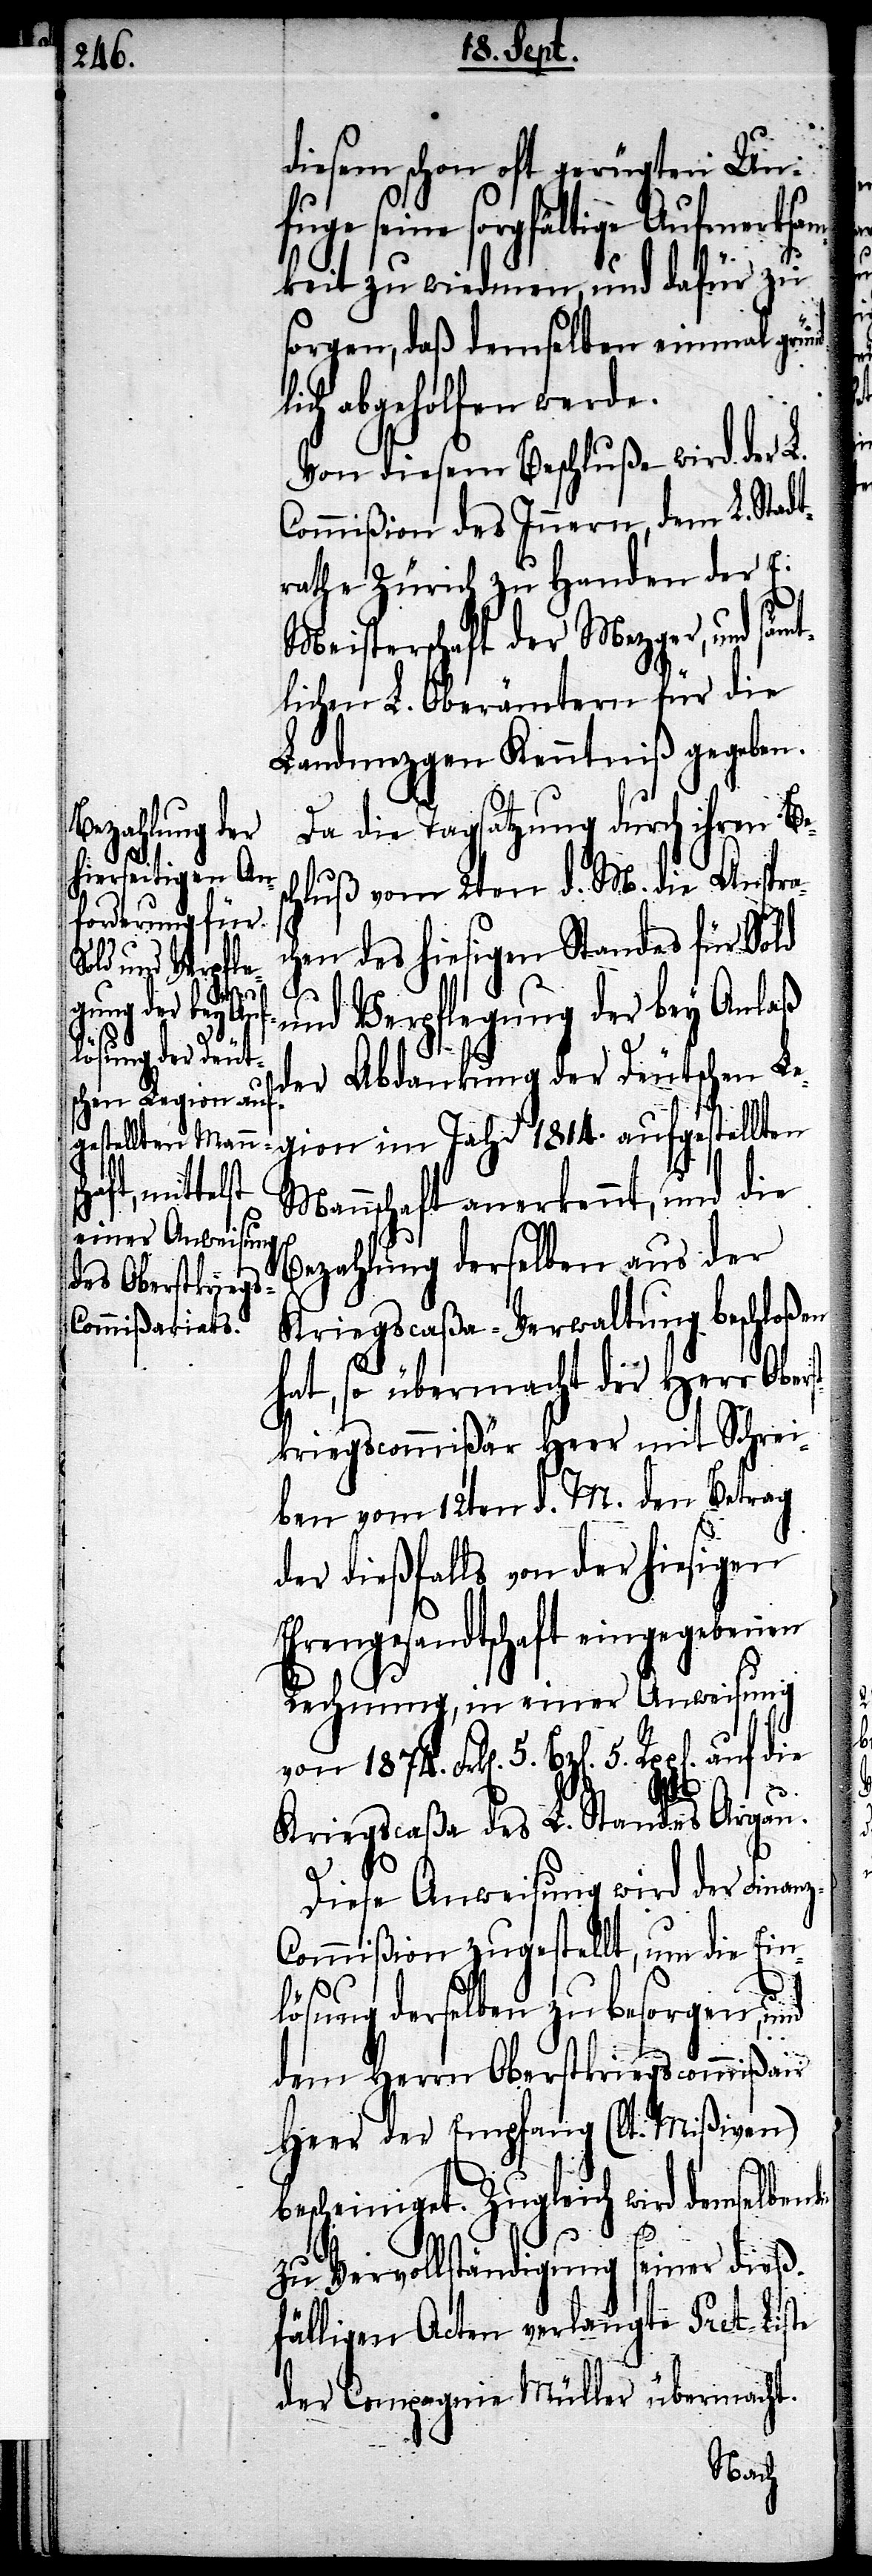
diesem schon oft gerügten Unf¬
seine sorgfältige Aufmerks¬
keit zu wiedmen, und dafür zu
sorgen, daß demselben einmal grün¬
ch abgeholfen werde.
Von diesem Beschluße wird der L.
Commißion des Innern, dem L. Stadt¬
rathe Zürich zu Handen der E.
Meisterschaft der Mezger, und sämt¬
lichen L. Oberämtern für die
Landmezgen Kenntniß gegeben.
Da die Tagsatzung durch ihren Be¬
hluß vom 2ten d. M. die Anspra¬
chen des hiesigen Standes für Sold
und Verpflegung der bey Anlaß
der Abdankung der Deutschen Le¬
gion im Jahr 1814. aufgestellten
Mannschaft anerkennt, und die
Bezahlung derselben aus der
Kriegscaßa-Verwaltung beschloßen
hat, so übermacht der Herr Ober¬
stkriegscommißär Heer mit Schrei¬
Kriegscaßa des L. Standes Argau.
5.
Diese Anweisung wird der Finan¬
ommißion zugestellt, um die Ein¬
lösung derselben zu besorgen, und
z-C¬
dem Herrn Oberstkriegscommißair
Heer der Empfang (lt. Mißiven)
bescheiniget. Zugleich wird demselben
zu Vervollständigung seiner dieß¬
fälligen Acten verlangte Pret-Liste
der Compagnie Müller übermacht.